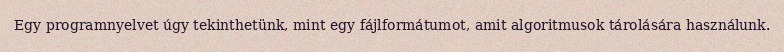
Egy programnyelvet úgy tekinthetünk, mint egy fájlformátumot, amit algoritmusok tárolására használunk.